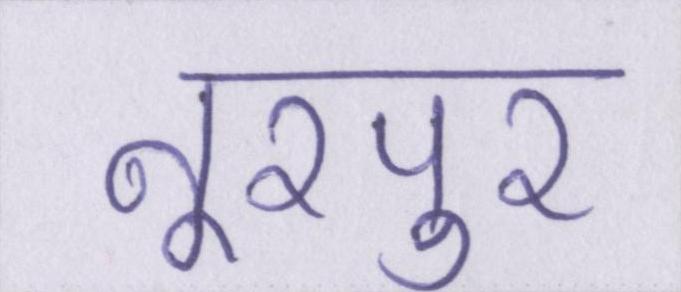
नूरपुर